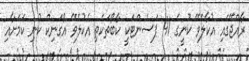
ރާއްޖޭގައި އުކާލެވޭ ކުނީގެ 41 ޕަސެންޓަކީ ކާބޯތަކެތި އެކުލެވޭ އޯގަނިކް ކުނި ކަމަށާއި